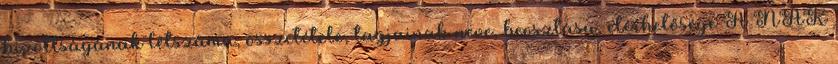
bizottságának létszáma, összetétele, tagjainak neve, beosztása, elérhetősége A NAK